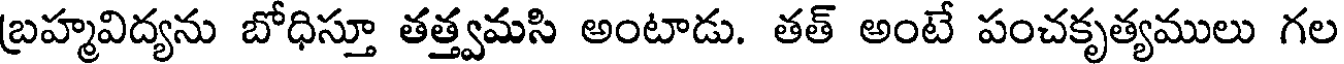
బ్రహ్మవిద్యను బోధిస్తూ తత్త్వమసి అంటాడు. తత్ అంటే పంచకృత్యములు గల